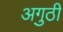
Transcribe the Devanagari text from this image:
अगुठी